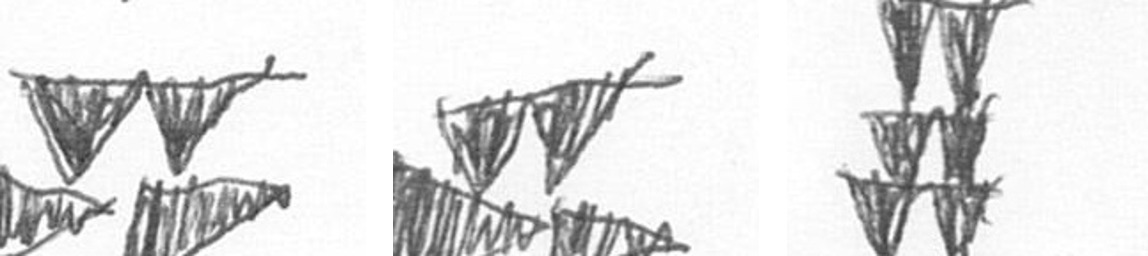
B B Y